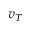
v _ { T }